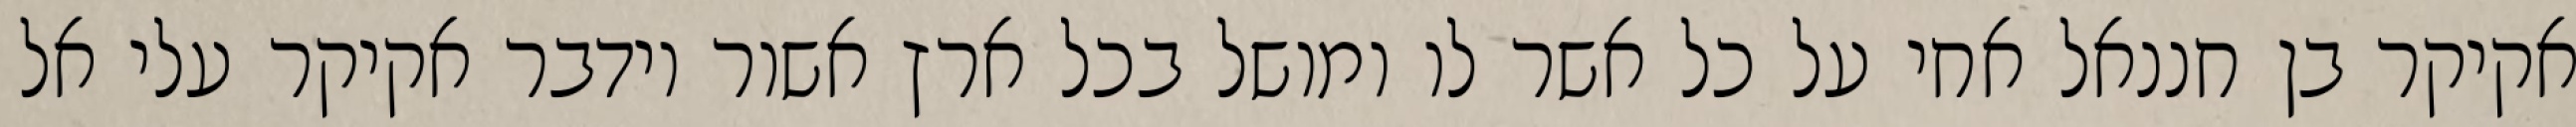
אקיקר בן חננאל אחי על כל אשר לו ומושל בכל ארץ אשור וידבר אקיקר עלי אל